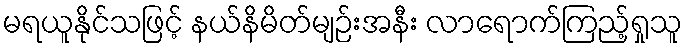
မရယူနိုင်သဖြင့် နယ်နိမိတ်မျဉ်းအနီး လာရောက်ကြည့်ရှုသူ